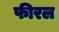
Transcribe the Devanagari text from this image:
फीरल